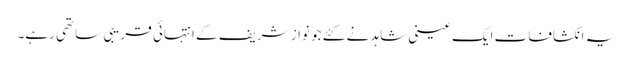
یہ انکشافات ایک عینی شاہد نے کئے جو نواز شریف کے انتہائی قریبی ساتھی رہے۔